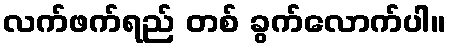
လက်ဖက်ရည် တစ် ခွက်လောက်ပါ။